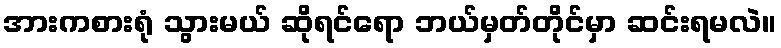
အားကစားရုံ သွားမယ် ဆိုရင်ရော ဘယ်မှတ်တိုင်မှာ ဆင်းရမလဲ။